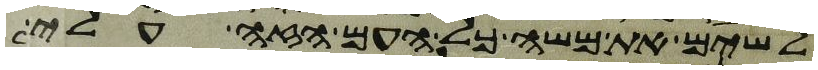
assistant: לשים את משא כל העם הזה עלי